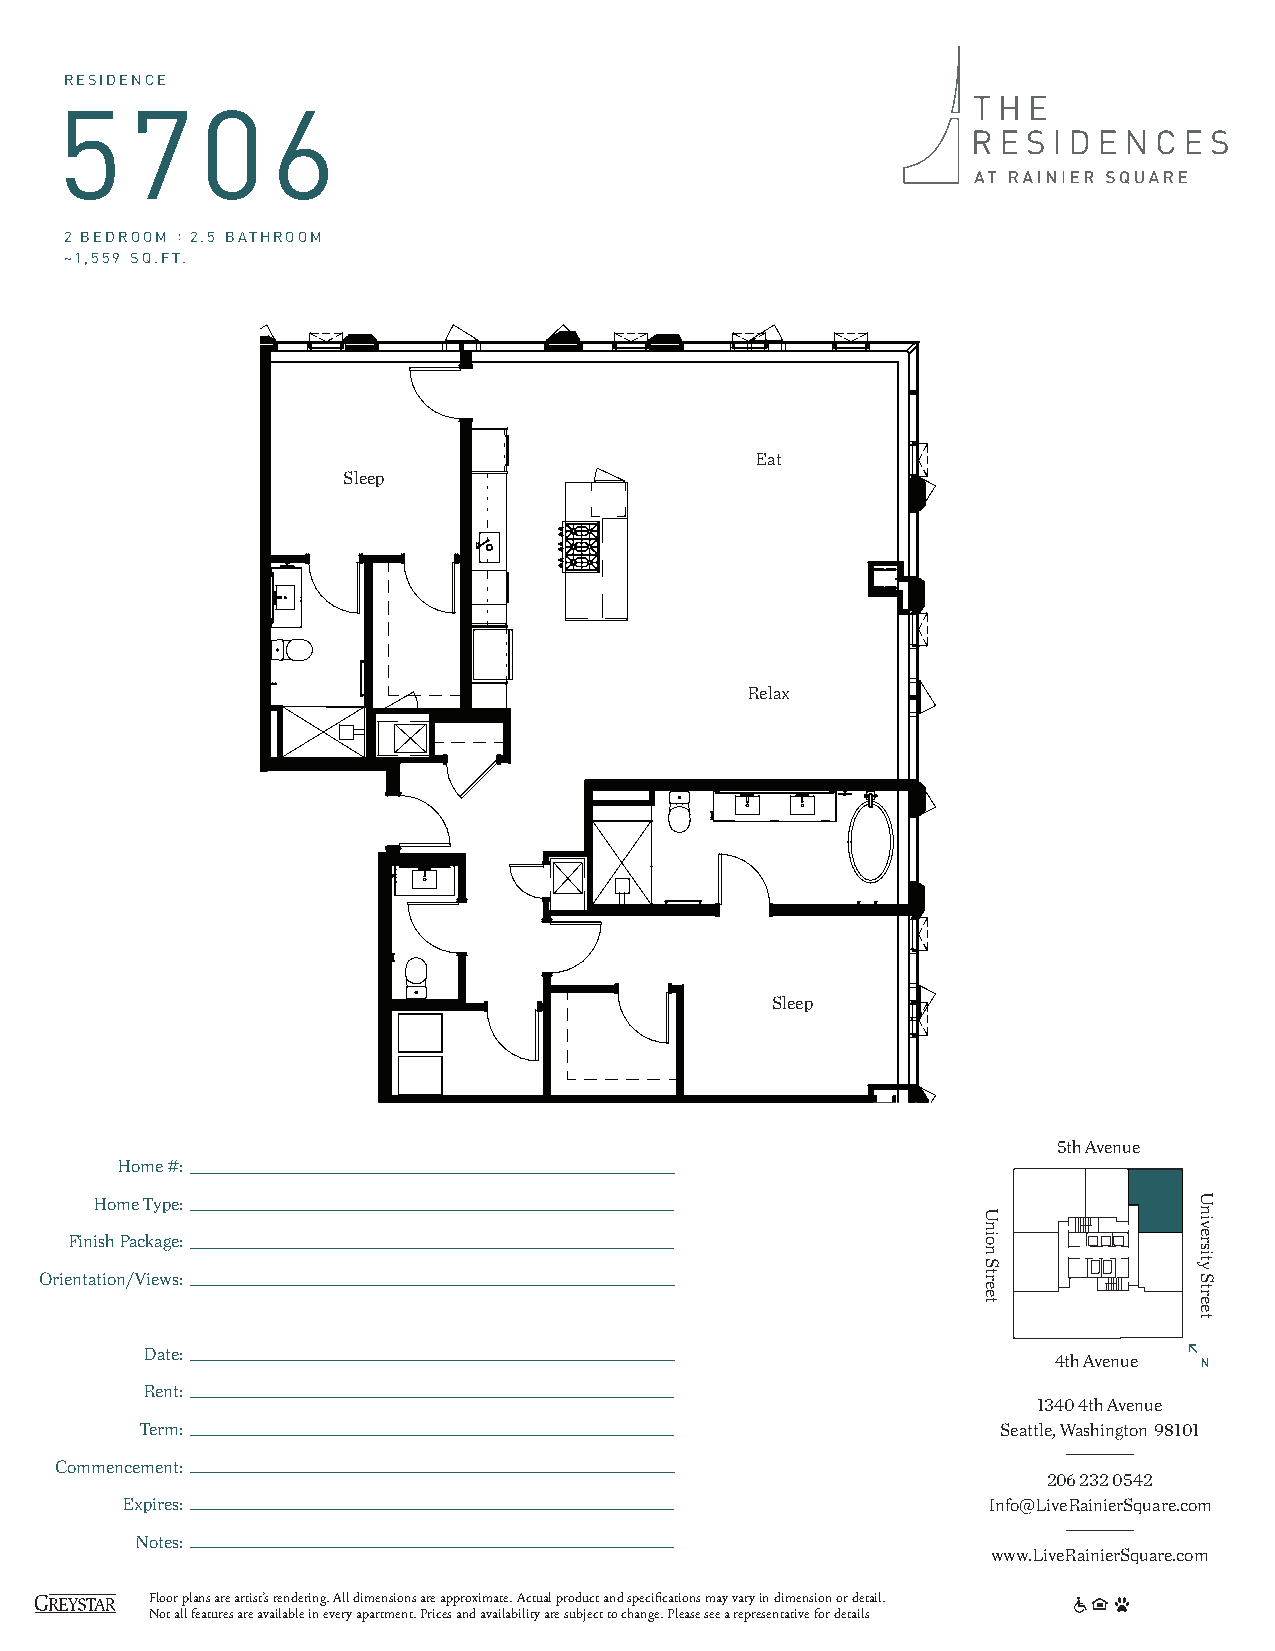
RESIDENCE
 5706
 2 BEDROOM : 2.5 BATHROOM
 ~1,559 SQ.FT.
 Eat
 Sleep
 Relax
 Sleep
 5th Avenue
 Home #:
 Home Type:
 Finish Package:
 Orientation/Views:
 Date:
 4th Avenue
 Rent:
 1340 4th Avenue
 Term:                                                    Seattle, Washington 98101
 Commencement:
 206 232 0542
 Expires:                                                 Info@LiveRainierSquare.com
 Notes:
 www.LiveRainierSquare.com
 Floor plans are artist’s rendering. All dimensions are approximate. Actual product and specifications may vary in dimension or detail.
 Not all features are available in every apartment. Prices and availability are subject to change. Please see a representative for details
 Union
 Street
 University
 Street